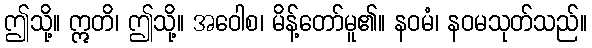
ဤသို့။ ဣတိ၊ ဤသို့။ အဝေါစ၊ မိန့်တော်မူ၏။ နဝမံ၊ နဝမသုတ်သည်။